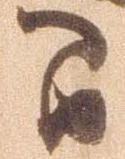
間